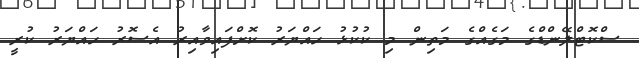
ސްކޮޓްލޭންޑްގެ މަގެއްގެ މަތިން މި ކުކުޅު ހައްޔަރު ކޮށްފައިވާއިރު އެސޮރު ހައްޔަރު ކުރީ